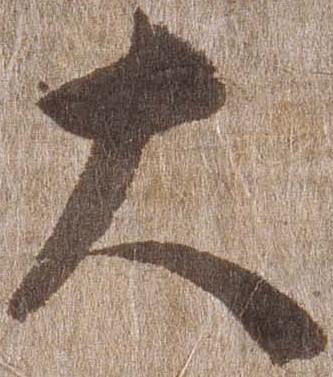
大